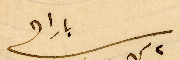
بارا في